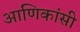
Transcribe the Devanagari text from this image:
आणिकांसी